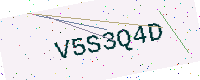
Text: V5S3Q4D